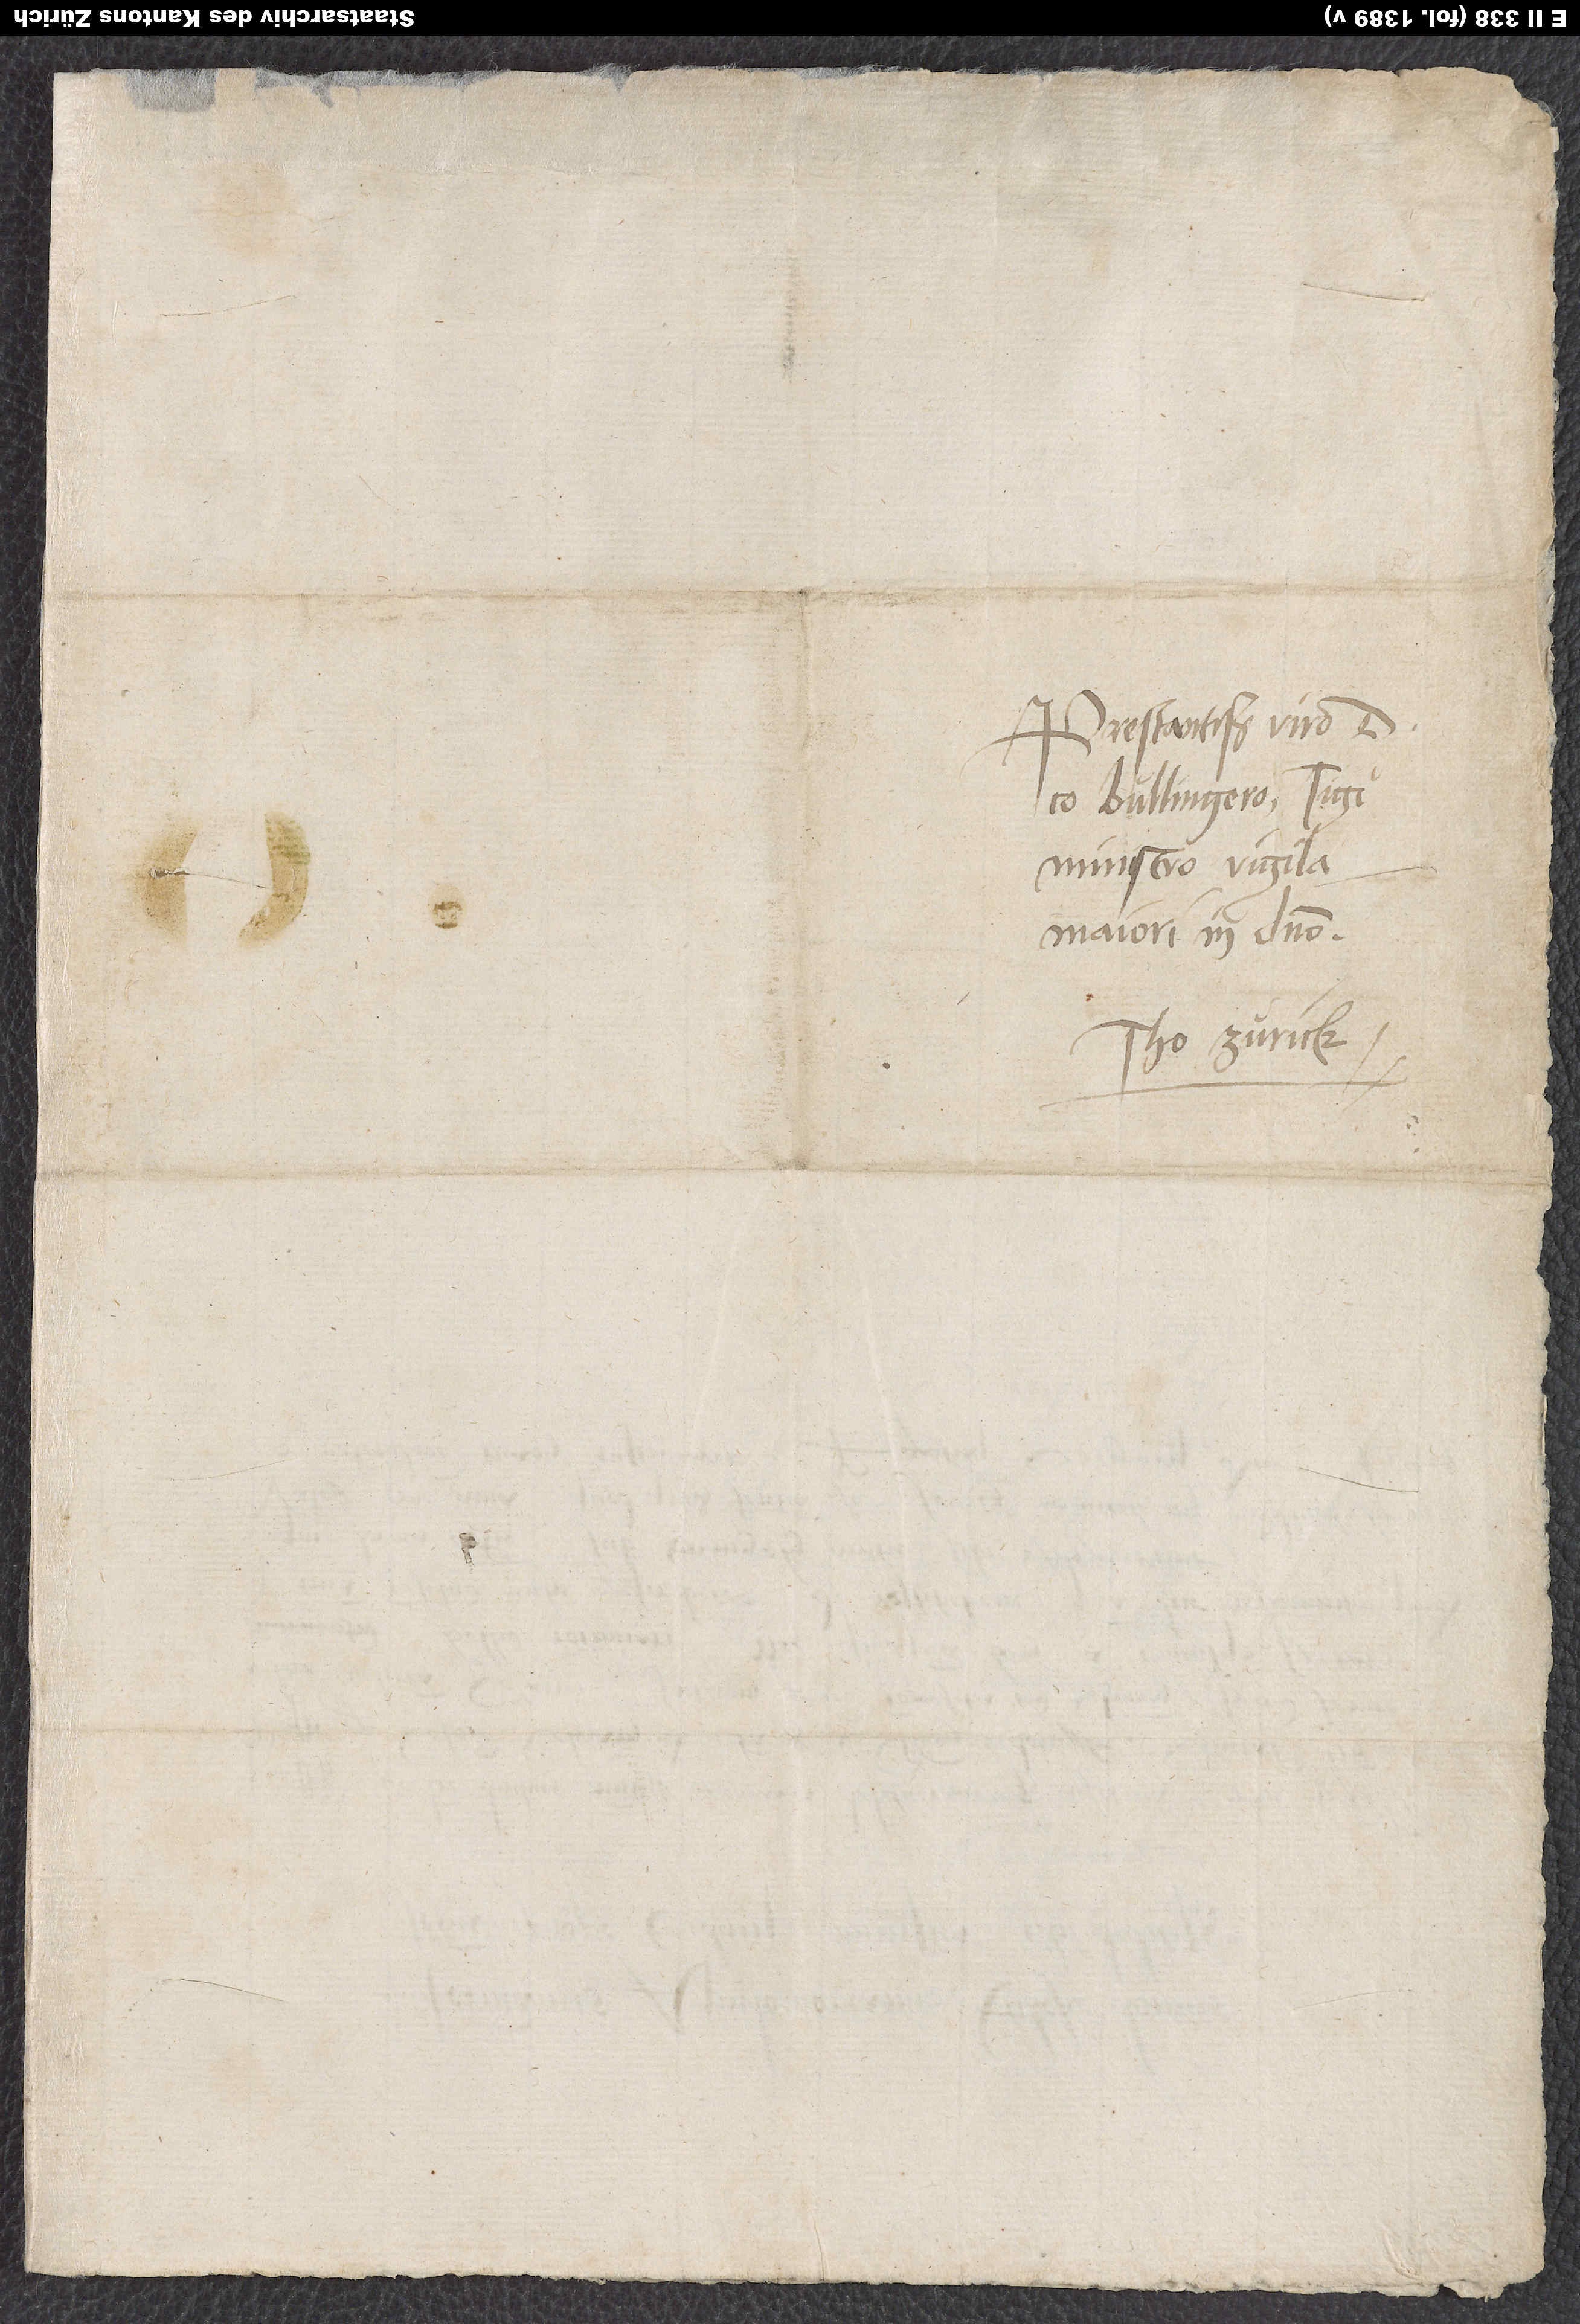
Prestantissimo viro d.
maiori in domino.
Tho Zurick.